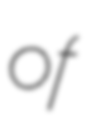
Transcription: of